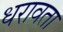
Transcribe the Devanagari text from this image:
धरावता